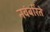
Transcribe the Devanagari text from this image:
नवंबरिंते